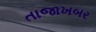
તાજાખબર